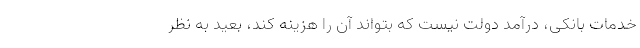
خدمات بانکی، درآمد دولت نیست که بتواند آن را هزینه کند، بعید به نظر